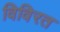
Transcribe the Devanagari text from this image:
विविरत